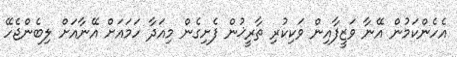
އެހެންކަމުން އޭނާ ވަޒީފާއިން ވަކިކުރި ތާރީޚުން ފެށިގެން މިއަދާ ހަމައަށް އޭނާއަށް ލިބެންޖެހޭ